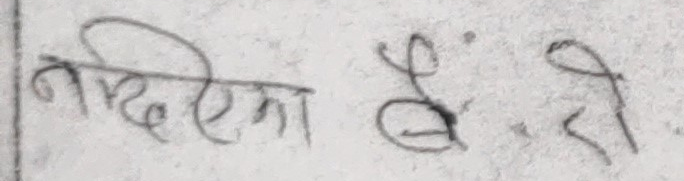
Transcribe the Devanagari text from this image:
नन्दिका भै.रो